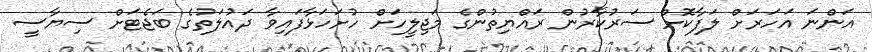
އަންނަ އަހަރަށް ލަފާކޮށް ސަރުކާރުން ރައްޔިތުންގެ މަޖިލީހަށް ހުށަހަޅާފައިވާ ދައުލަތުގެ ބަޖެޓަށް ސިޔާސީ